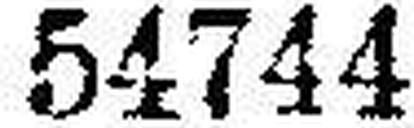
54744